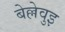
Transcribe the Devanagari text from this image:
बेल्लेवुइ